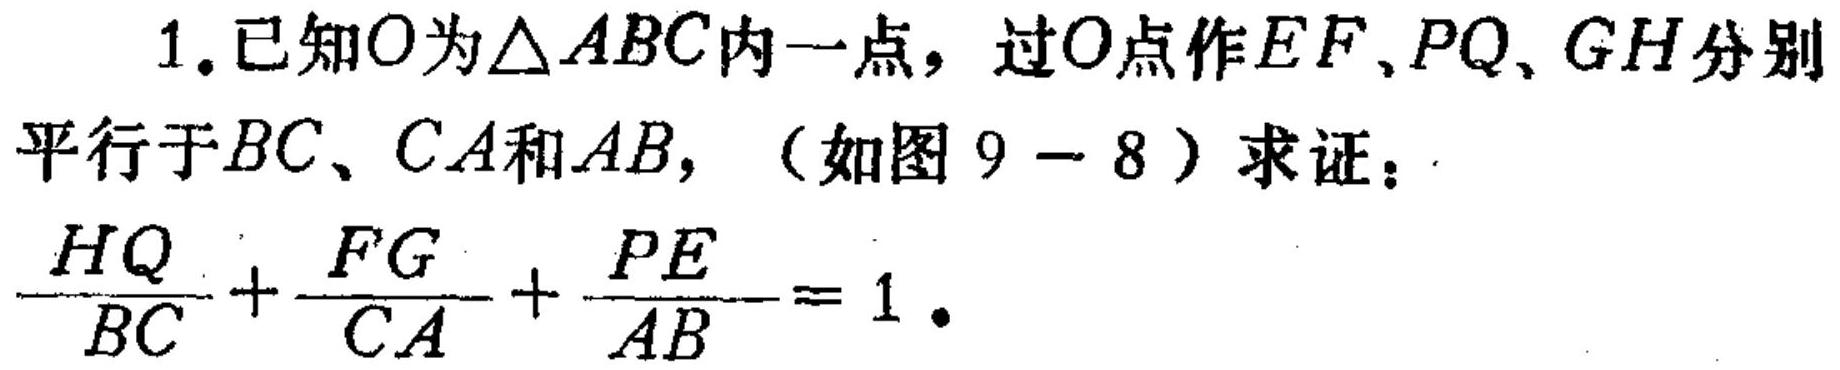
1.已知\(O\)为\(\triangle ABC\)内一点，过\(O\)点作\(EF\)、\(PQ\)、\(GH\)分别平行于\(BC\)、\(CA\)和\(AB\)，（如图\(9 - 8\)）求证：\(\frac{HQ}{BC}+\frac{FG}{CA}+\frac{PE}{AB}=1\)。